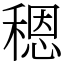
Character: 䅰